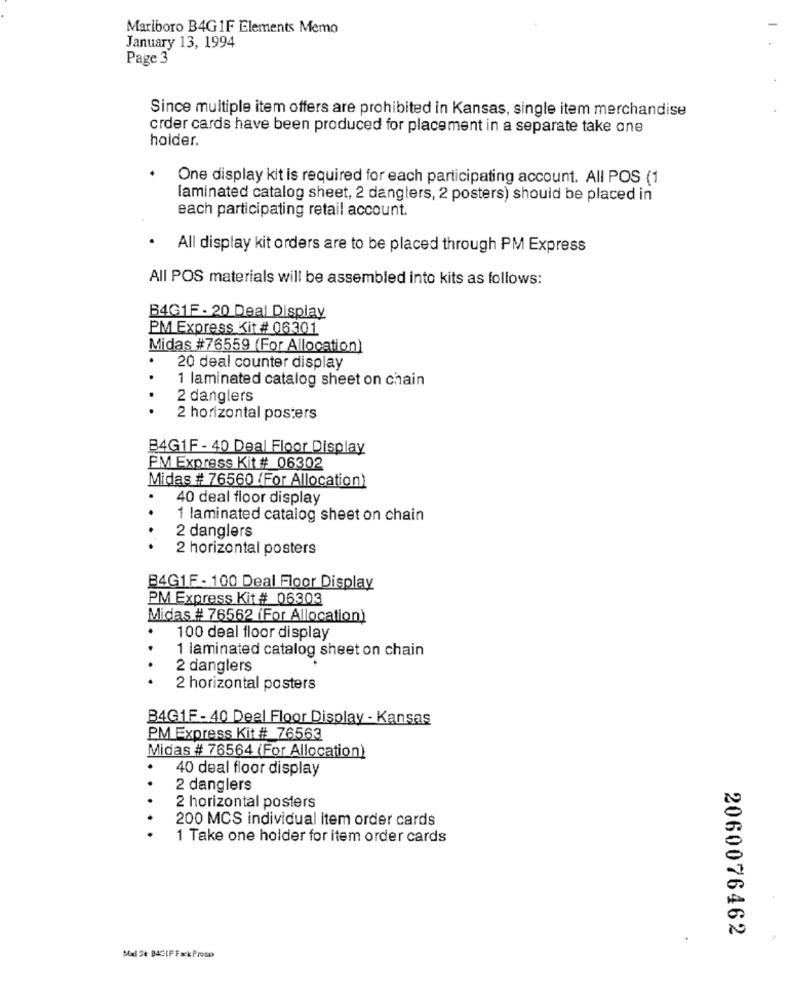
Mariboro B4G1F Elements Memo
January 13, 1994
Page 3
Since multiple item offers are prohibited in Kansas, single item merchandise
crder cards have been produced for placement in a separate take one
holder.
One display kit is required for each participating account. All POS (1
laminated catalog sheet, 2 danglers, 2 posters) should be placed in
each participating retail account.
All display kit orders are to be placed through PM Express
All POS materials will be assembled into kits as follows:
B4G1F - 20 Deal Display
PM Express Kit # 06301
Midas #76559 (For Allocation)
20 deal counter display
1 laminated catalog sheet on chain
2 danglers
2 horizontal posters
B4G1F - 40 Deal Floor Display
PM Express Kit # 06302
Midas # 76560 (For Allocation)
40 deal floor display
..
1 laminated catalog sheet on chain
2 danglers
..
2 horizontal posters
B4G1F - 100 Deal Floor Display
PM Express Kit # 06303
Midas # 76562 (For Allocation)
100 deal floor display
1 laminated catalog sheet on chain
..
2 danglers
2 horizontal posters
B4G1F-40 Deal Floor Display - Kansas
PM Express Kit # 76563
Midas # 76564 (For Allocation)
40 deal floor display
2 danglers
2 horizontal posters
200 MCS individual item order cards
1 Take one holder for item order cards
2060076462
Mad Se BAGIP Fack Promo